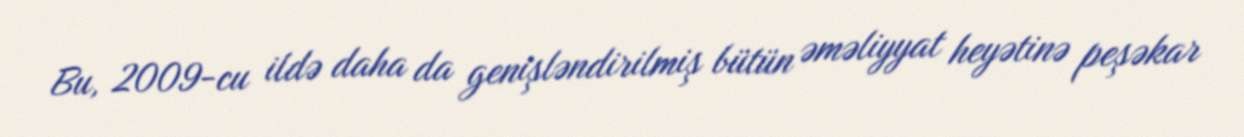
Bu, 2009-cu ildə daha da genişləndirilmiş bütün əməliyyat heyətinə peşəkar